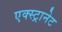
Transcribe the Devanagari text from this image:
एक्स्ट्रानेट